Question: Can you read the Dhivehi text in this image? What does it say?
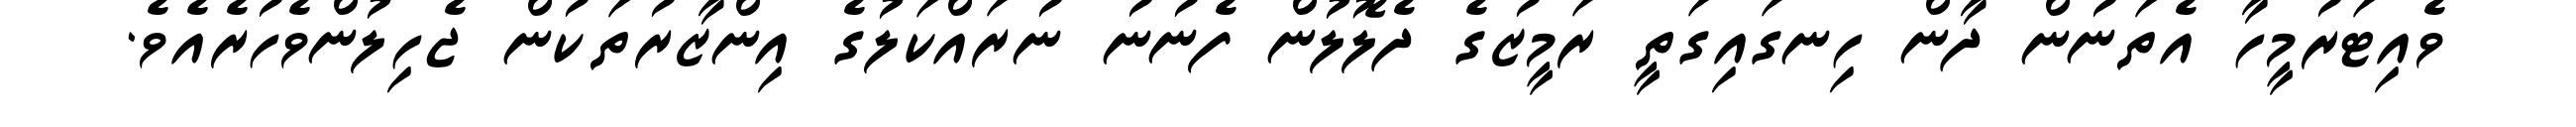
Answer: ވެއިޓަރުމީހާ އެތަނުން ދާން ހިނގައިގަތީ ރަމީޒުގެ ދެލޮލުން ފެނުނު ނުރައްކަލުގެ އިންޒާރުތަކުން ޖެހިލުންވެހުރެއެވެ.